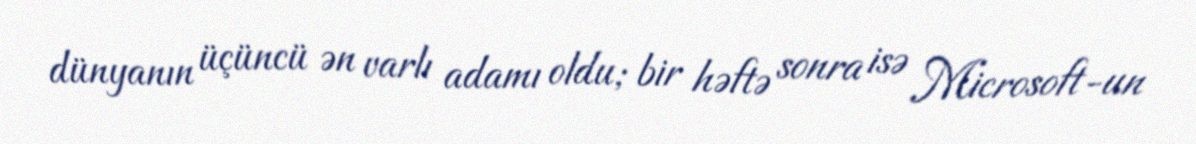
dünyanın üçüncü ən varlı adamı oldu; bir həftə sonra isə Microsoft-un